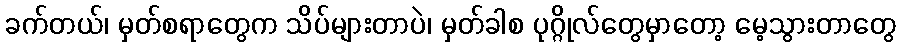
ခက်တယ်၊ မှတ်စရာတွေက သိပ်များတာပဲ၊ မှတ်ခါစ ပုဂ္ဂိုလ်တွေမှာတော့ မေ့သွားတာတွေ